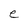
Character: e